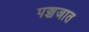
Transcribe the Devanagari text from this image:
पञ्चजात